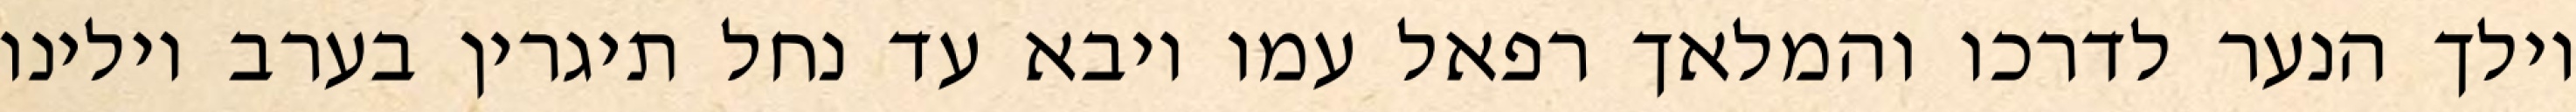
וילך הנער לדרכו והמלאך רפאל עמו ויבא עד נחל תיגרין בערב וילינו